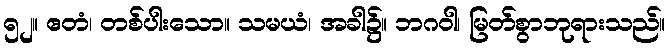
၅၂။ ဧတံ၊ တစ်ပါးသော။ သမယံ၊ အခါ၌။ ဘဂဝါ၊ မြတ်စွာဘုရားသည်။